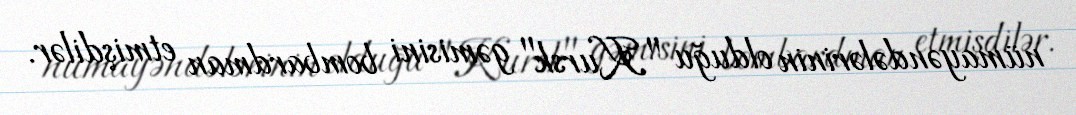
nümayəndələrinin olduğu "Kursk" gəmisini bombardman etmişdilər.